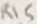
Text: R15